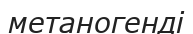
метаногенді